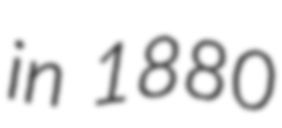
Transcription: in 1880